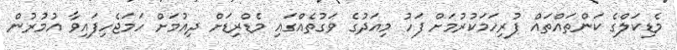
މެޑިކަލްގެ ކަންތައްތައް ފުރިހަމަކުރުމަށް ފަހު މިއަދުގެ ވަގުތެއްގައި މެޑްރިޑަށް ދިއުމަށް ހަމަޖެހިފައިވާ އުމުރުން